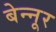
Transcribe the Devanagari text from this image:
बेन्नूर